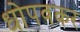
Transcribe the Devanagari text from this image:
धोपवकर